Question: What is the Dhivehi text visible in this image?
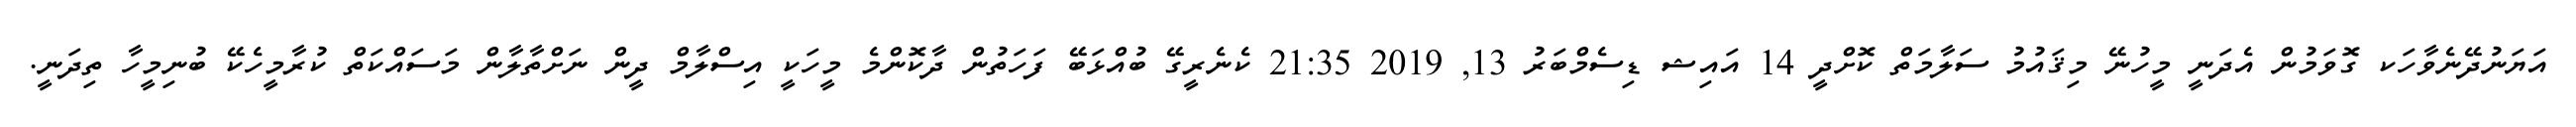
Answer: އަޔަނުދޭނެވާހަކ ގޮވަމުން އެދަނީ މީހުނޭ މިޤައުމު ސަލާމަތް ކޮށްދީ 14 އައިޝ ޑިސެމްބަރު 13, 2019 21:35 ކެނެރީގޭ ބުއްޅަބޭ ފަހަތުން ދާކޮންމެ މީހަކީ އިސްލާމް ދީން ނަށްތާލާން މަސައްކަތް ކުރާމީހެކޭ ބުނިމީހާ ތިދަނީ.